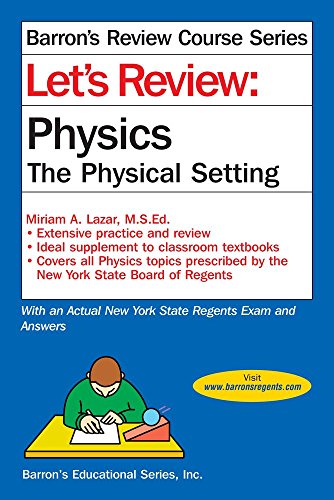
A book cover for Let's Review Physics: The Physcial Setting (Let's Review Series); Miriam A. Lazar M.S.; Test Preparation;